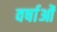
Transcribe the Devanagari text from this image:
वर्षाओं